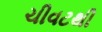
ચીવટથી